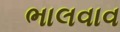
ભાલવાવ